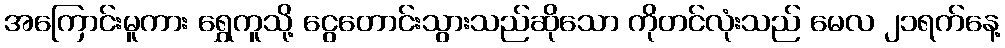
အကြောင်းမူကား ရွှေကူသို့ ငွေတောင်းသွားသည်ဆိုသော ကိုတင်လုံးသည် မေလ ၂၁ရက်နေ့